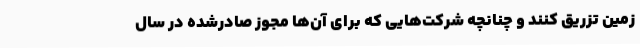
زمین تزریق کنند و چنانچه شرکت‌هایی که برای آن‌ها مجوز صادرشده در سال